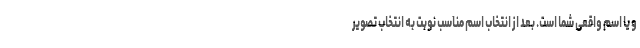
و یا اسم واقعی شما است. بعد از انتخاب اسم مناسب نوبت به انتخاب تصویر